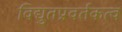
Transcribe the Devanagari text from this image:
विद्युतप्रवर्तकत्व